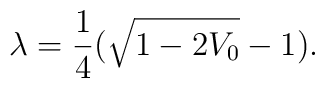
\lambda = {1 \over 4} ( \sqrt{1 - 2 V_0} - 1 ).